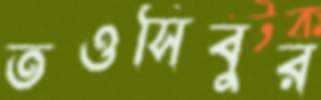
তওসিবুর